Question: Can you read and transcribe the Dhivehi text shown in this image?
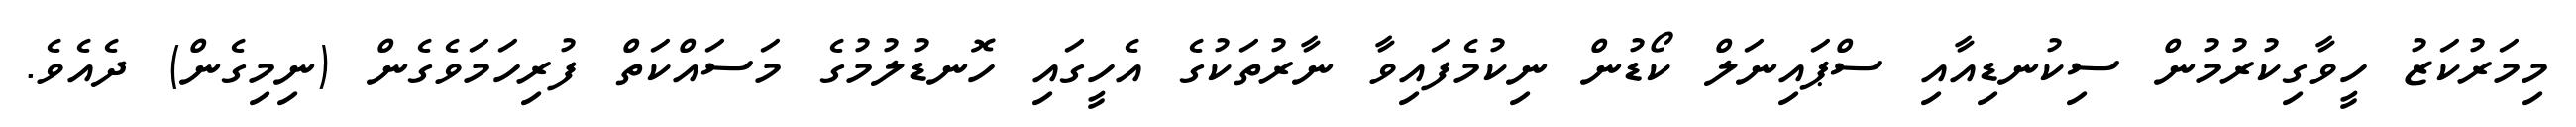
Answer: މިމަރުކަޒު ހީވާގިކުރުމުން ސިކުނޑިއާއި ސްޕައިނަލް ކޯޑުން ނިކުމެފައިވާ ނާރުތަކުގެ އެހީގައި ހޮނޑުލުމުގެ މަސައްކަތް ފުރިހަމަވެގެން (ނިމިގެން) ދެއެވެ.